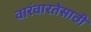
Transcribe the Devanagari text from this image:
वारंवारतेसाठी